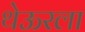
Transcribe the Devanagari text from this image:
थेऊरला